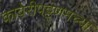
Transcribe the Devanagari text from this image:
कावेरीपट्टणमच्या